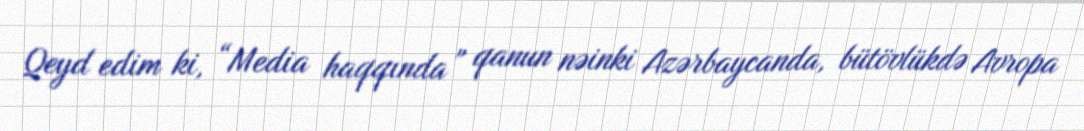
Qeyd edim ki, “Media haqqında” qanun nəinki Azərbaycanda, bütövlükdə Avropa